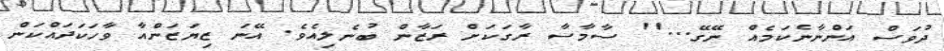
ދުވަސް އަންނާނެކަމެއް ނޭގޭ...'' ސާމާސާ ރާގަކަށް ރަޒާން ބުނެލިއެވެ. އޭނަ ޒިޔަޒަންއާ ވާހަކަދައްކަން